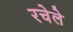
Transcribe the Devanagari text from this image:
रचेले